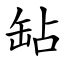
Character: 䍄